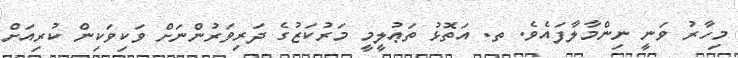
މިހާރު ވަނީ ނިންމާލާފައެވެ. ތ. އަތޮޅު ތަޢުލީމީ މަރުކަޒުގެ ދަރިވަރުންނަށް ވަކިވަކިން ކުރިއަށް